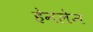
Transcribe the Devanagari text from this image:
हेनलेन